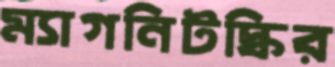
ম্যাগনিটস্কির